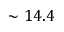
\sim 1 4 . 4